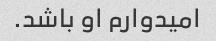
امیدوارم او باشد.